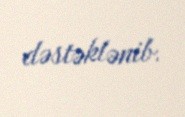
dəstəklənib.